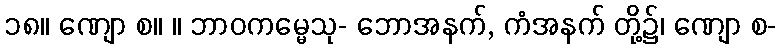
၁၈။ ဏျော စ။ ။ ဘာဝကမ္မေသု- ဘောအနက်, ကံအနက် တို့၌၊ ဏျော စ-